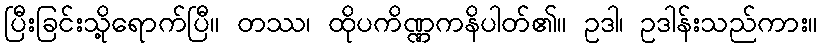
ပြီးခြင်းသို့ရောက်ပြီ။ တဿ၊ ထိုပကိဏ္ဏကနိပါတ်၏။ ဥဒါ၊ ဥဒါန်းသည်ကား။